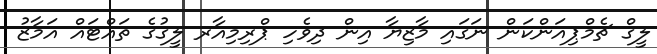
ލީގް ޗެމްޕިއަންކަން ނަގައި މާޒިޔާ އިން ދިވެހި ޕްރިމިއާރ ލީގުގެ ތައްޓައް އަމާޒު